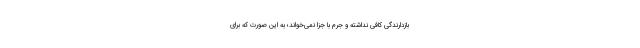
بازدارندگی کافی نداشته و جرم با جزا نمی‌خواند؛ به این صورت که برای